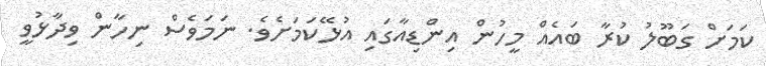
ކަމަށް ގަބޫލު ކުރާ ބައެއް މީހުން އިންޑިއާގައި އުޅޭކަމަށެވެ. ނަމަވެސް ނިހާން ވިދާޅުވީ